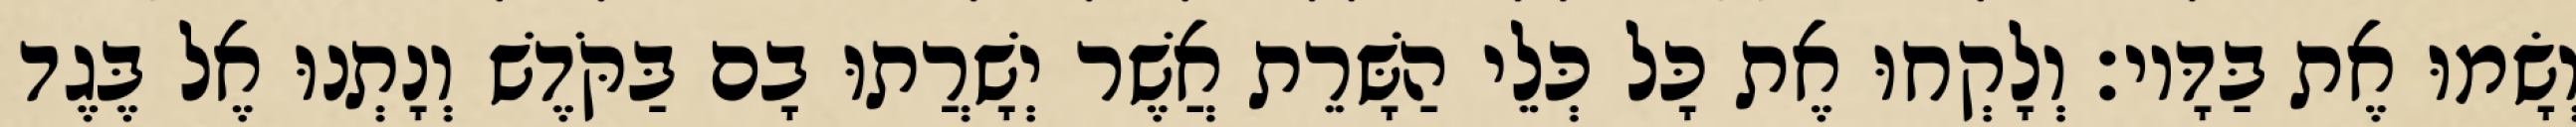
וְשָׂמוּ אֶת בַּדָּיו׃ וְלָקְחוּ אֶת כָּל כְּלֵי הַשָּׁרֵת אֲשֶׁר יְשָׁרֲתוּ בָם בַּקֹּדֶשׁ וְנָתְנוּ אֶל בֶּגֶד